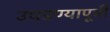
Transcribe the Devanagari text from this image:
उघडण्यापूर्वी